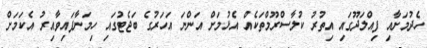
ހެދުމަށާއި ފިއްލަދޫގައި އިތުރު ކުލާސްރޫމްތަކެއް އެޅުމަށް އަންނަ އަހަރުގެ ބަޖެޓުގައި ހިމަނާފައިވާއިރު އެކަމަށް